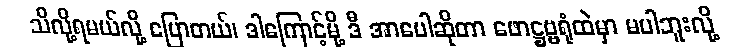
သိလို့ရမယ်လို့ ပြောတယ်၊ ဒါကြောင့်မို့ ဒီ အာပေါဆိုတာ ဖောဋ္ဌဗ္ဗရုံထဲမှာ မပါဘူးလို့